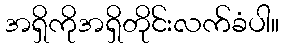
အရှိကိုအရှိတိုင်းလက်ခံပါ။